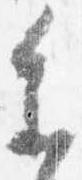
参